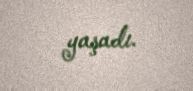
yaşadı.